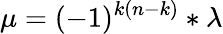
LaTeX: \mu=(-1)^{k(n-k)}\ast\lambda